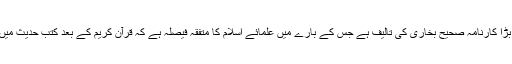
ان کے علمی کارناموںم میں سب سے بڑا کارنامہ صحیح بخاری کی تالیف ہے جس کے بارے میں علمائے اسلام کا متفقہ فیصلہ ہے کہ قرآن کریم کے بعد کتب ِحدیث میں صحیح ترین کتاب صحیح بخاری ہے۔